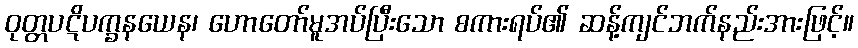
ဝုတ္တပဋိပက္ခနယေန၊ ဟောတော်မူအပ်ပြီးသော စကားရပ်၏ ဆန့်ကျင်ဘက်နည်းအားဖြင့်။